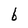
Character: b